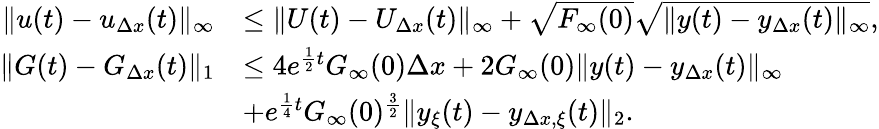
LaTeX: \begin{array}{rl}{\| u(t)-u_{\Delta x}(t)\| _{\infty}}&{\leq\| U(t)-U_{\Delta x}(t)\| _{\infty}+\sqrt{F_{\infty}(0)}\sqrt{\| y(t)-y_{\Delta x}(t)\| _{\infty}},}\\ {\| G(t)-G_{\Delta x}(t)\| _{1}}&{\leq 4e^{\frac 12t}G_{\infty}(0)\Delta x+2G_{\infty}(0)\| y(t)-y_{\Delta x}(t)\| _{\infty}}\\ &{+e^{\frac{1}{4}t}G_{\infty}(0)^{\frac{3}{2}}\| y_{\xi}(t)-y_{\Delta x,\xi}(t)\| _{2}.}\end{array}